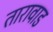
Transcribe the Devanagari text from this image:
तारावाड